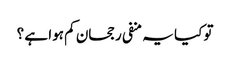
تو کیا یہ منفی رجحان کم ہوا ہے ؟